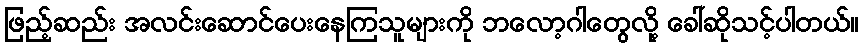
ဖြည့်ဆည်း အလင်းဆောင်ပေးနေကြသူများကို ဘလော့ဂါတွေလို့ ခေါ်ဆိုသင့်ပါတယ်။